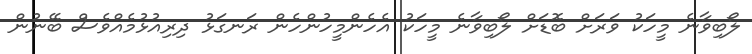
ލޯބިވާނެ މީހަކު ވަރަށް ބޮޑަށް ލޯބިވާނެ މީހަކު އެހެންމީހުންހެން ރަނގަޅު ދިރިއުޅުމެއްވެސް ބޭނުން